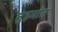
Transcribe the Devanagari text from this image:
तुझ्यांत